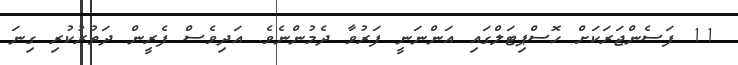
11 ފަސެންޖަރަކަށް ހޮސްޕިޓަލްގައި އަންނަނީ ފަރުވާ ދެމުންނެވެ. އަދިވެސް ފެރީން ދަތުރުކުރި ގިނަ